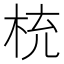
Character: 𣑁